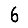
Digit: 6